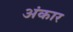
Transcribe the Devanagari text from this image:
अंकार